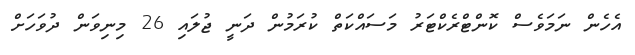
އެހެން ނަމަވެސް ކޮންޓްރެކްޓަރު މަސައްކަތް ކުރަމުން ދަނީ ޖުލައި 26 މިނިވަން ދުވަހަށް